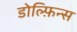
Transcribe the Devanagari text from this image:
डोल्फ़िन्स